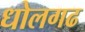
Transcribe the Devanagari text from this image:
धोलगढ